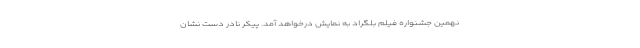
نهمین جشنواره فیلم بلگراد به نمایش درخواهد آمد. پیکر نادر دست نشان